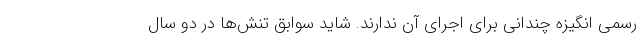
رسمی انگیزه چندانی برای اجرای آن ندارند. شاید سوابق تنش‌ها در دو سال